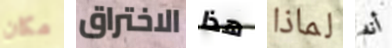
مكان الاختراق هذا لماذا أنه